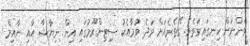
ވަންނަން ހިނގައިގަތެވެ. ގޭތެރެއަށް ވަދެ ވުމާއެކު ސިިޓިންރޫމުގައި އިން ނިޔާޝާ އާއި ނާއިމް